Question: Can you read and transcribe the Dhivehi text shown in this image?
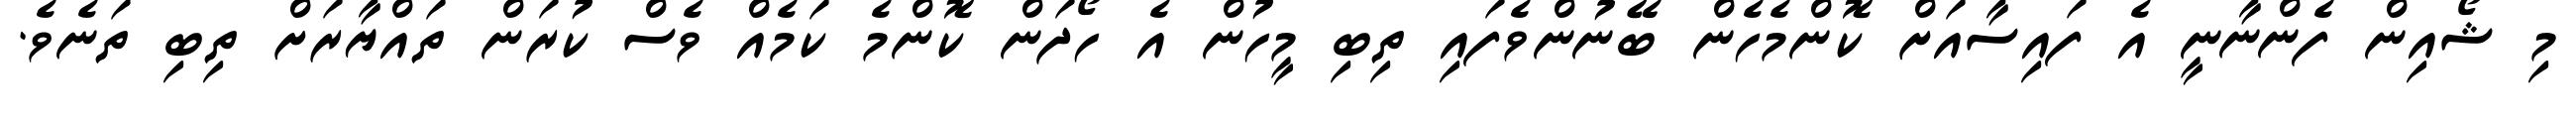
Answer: މި ޝޯއިން ފެންނާނީ އެ ފައިސާއަށް ކޮންމެހެން ބޭނުންވެފައި ތިބި މީހުން އެ ހޯދަން ކޮންމެ ކަމެއް ވެސް ކުރަން ތައްޔާރަށް ތިބި ތަނެވެ.